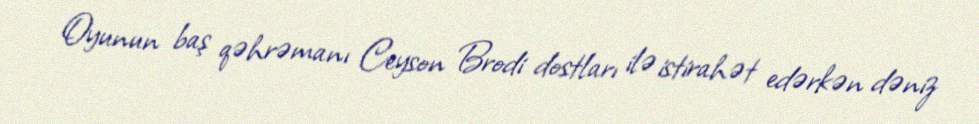
Oyunun baş qəhrəmanı Ceyson Brodi dostları ilə istirahət edərkən dəniz